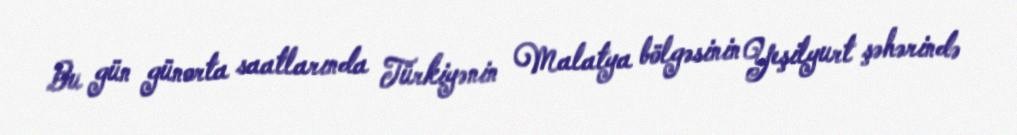
Bu gün günorta saatlarında Türkiyənin Malatya bölgəsinin Yeşilyurt şəhərində